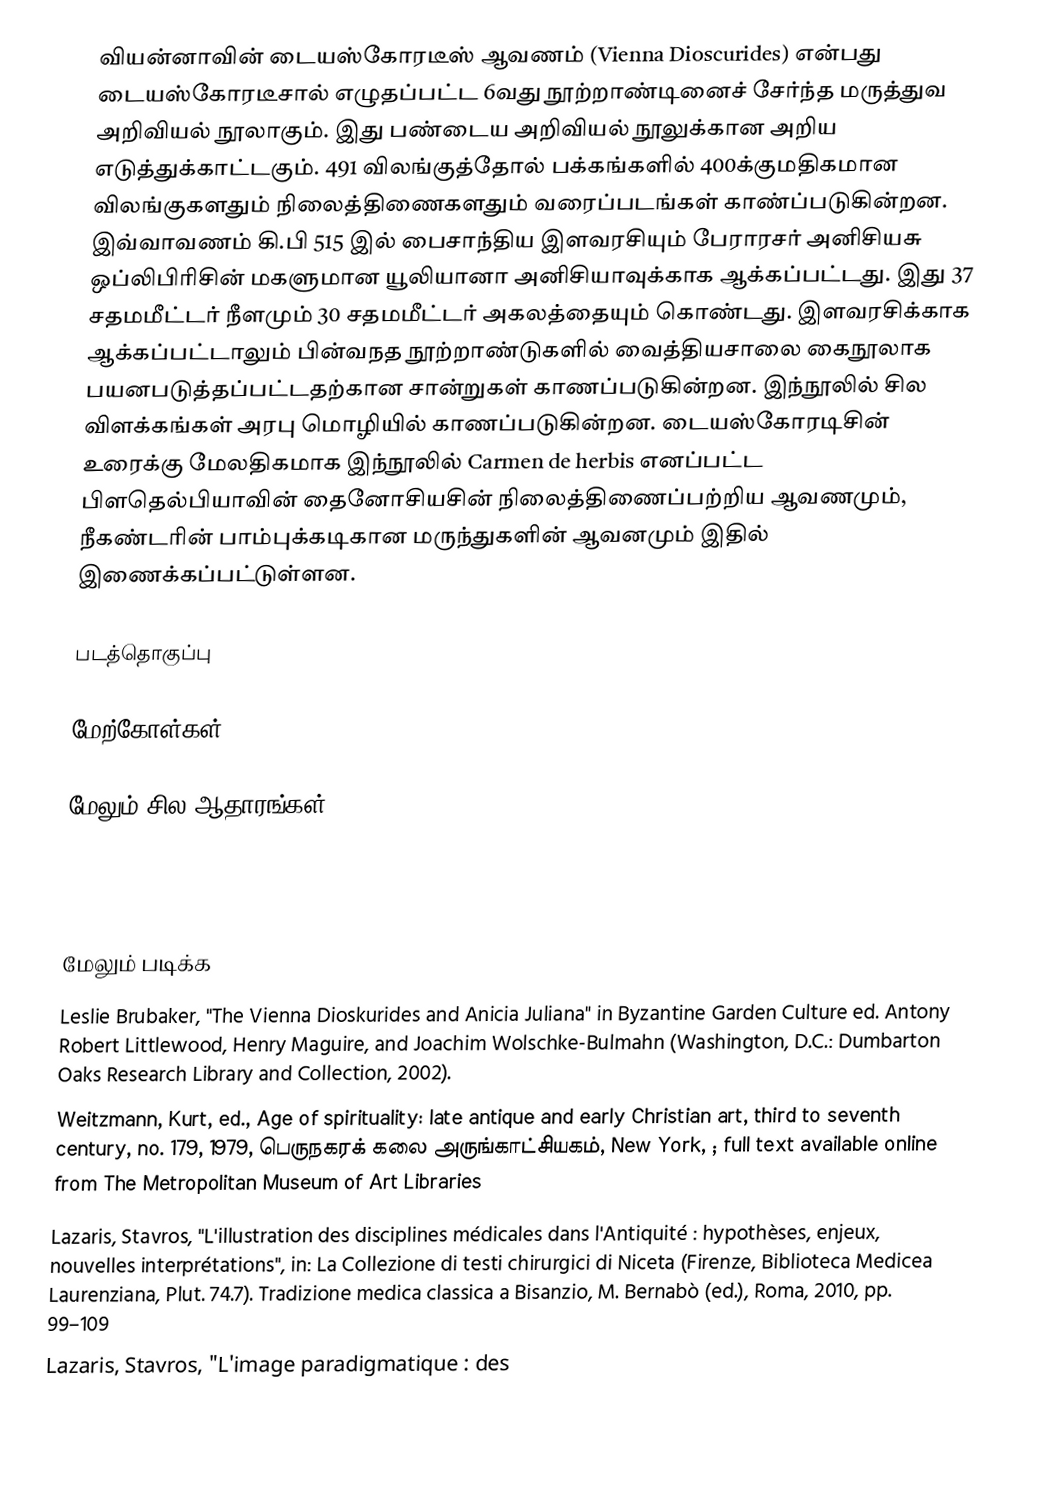
வியன்னாவின் டையஸ்கோரடீஸ் ஆவணம் (Vienna Dioscurides) என்பது டையஸ்கோரடீசால் எழுதப்பட்ட 6வது நூற்றாண்டினைச் சேர்ந்த மருத்துவ அறிவியல் நூலாகும். இது பண்டைய அறிவியல் நூலுக்கான அறிய எடுத்துக்காட்டகும். 491 விலங்குத்தோல் பக்கங்களில் 400க்குமதிகமான விலங்குகளதும் நிலைத்திணைகளதும் வரைப்படங்கள் காண்ப்படுகின்றன. இவ்வாவணம் கி.பி 515 இல் பைசாந்திய இளவரசியும் பேராரசர் அனிசியசு ஒப்லிபிரிசின் மகளுமான யூலியானா அனிசியாவுக்காக ஆக்கப்பட்டது. இது 37 சதமமீட்டர் நீளமும் 30 சதமமீட்டர் அகலத்தையும் கொண்டது. இளவரசிக்காக ஆக்கப்பட்டாலும் பின்வநத நூற்றாண்டுகளில் வைத்தியசாலை கைநூலாக பயனபடுத்தப்பட்டதற்கான சான்றுகள் காணப்படுகின்றன. இந்நூலில் சில விளக்கங்கள் அரபு மொழியில் காணப்படுகின்றன. டையஸ்கோரடிசின் உரைக்கு மேலதிகமாக இந்நூலில்  Carmen de herbis எனப்பட்ட பிளதெல்பியாவின் தைனோசியசின்  நிலைத்திணைப்பற்றிய ஆவணமும், நீகண்டரின்  பாம்புக்கடிகான மருந்துகளின் ஆவனமும் இதில் இணைக்கப்பட்டுள்ளன.

படத்தொகுப்பு

மேற்கோள்கள்

மேலும் சில ஆதாரங்கள்
Walther, Ingo F. and Norbert Wolf. Codices Illustres: The world's most famous illuminated manuscripts, 400 to 1600. Köln, TASCHEN, 2005.
Weitzmann, Kurt. Late Antique and Early Christian Book Illumination. New York: George Braziller, 1977.

மேலும் படிக்க
Leslie Brubaker, "The Vienna Dioskurides and Anicia Juliana" in Byzantine Garden Culture ed. Antony Robert Littlewood, Henry Maguire, and Joachim Wolschke-Bulmahn (Washington, D.C.: Dumbarton Oaks Research Library and Collection, 2002).
Weitzmann, Kurt, ed., Age of spirituality: late antique and early Christian art, third to seventh century, no. 179, 1979, பெருநகரக் கலை அருங்காட்சியகம், New York, ; full text available online from The Metropolitan Museum of Art Libraries
Lazaris, Stavros, "L'illustration des disciplines médicales dans l'Antiquité : hypothèses, enjeux, nouvelles interprétations", in: La Collezione di testi chirurgici di Niceta (Firenze, Biblioteca Medicea Laurenziana, Plut. 74.7). Tradizione medica classica a Bisanzio, M. Bernabò (ed.), Roma, 2010, pp. 99–109
Lazaris, Stavros, "L'image paradigmatique : des